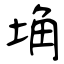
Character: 埆